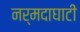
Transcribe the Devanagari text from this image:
नर्मदाघाटी